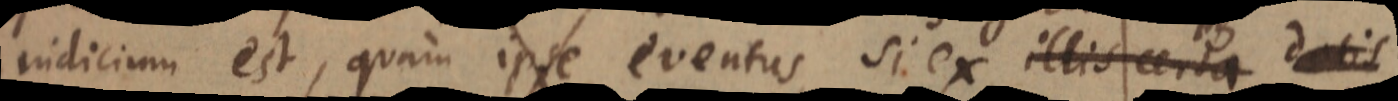
indicium est, quam ipse eventus si ex illis certa datis